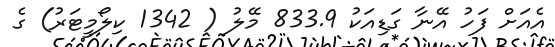
އެއަށް ފަހު އޭނާ ގަޑިއަކު 833.9 މޭލު ( 1342 ކިލޯމީޓަރު) ގެ